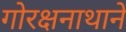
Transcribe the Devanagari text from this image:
गोरक्षनाथानें